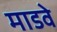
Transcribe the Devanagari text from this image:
माडवे